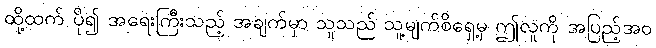
ထို့ထက် ပို၍ အရေးကြီးသည့် အချက်မှာ သူသည် သူ့မျက်စိရှေ့မှ ဤလူကို အပြည့်အဝ